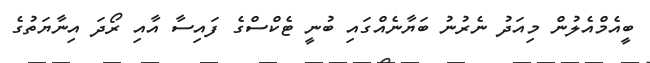
ބީއެމްއެލުން މިއަދު ނެރުނު ބަޔާނެއްގައި ބުނީ ޓެކްސްގެ ފައިސާ އާއި ރޯދަ އިނާޔަތުގެ